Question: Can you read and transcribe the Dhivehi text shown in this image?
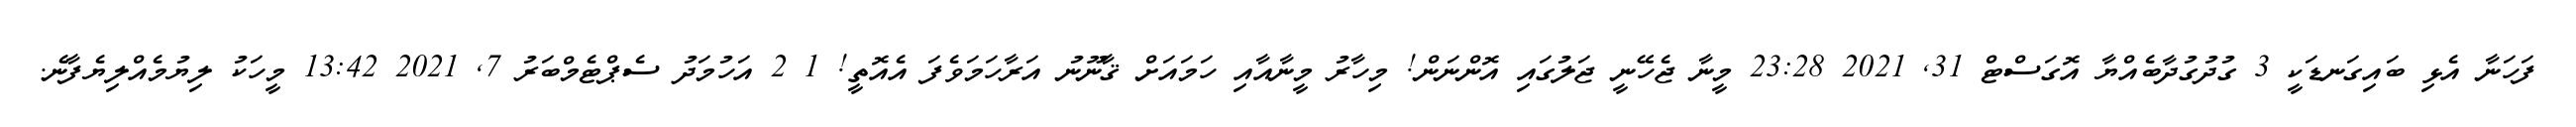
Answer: ފަހަނާ އެޅި ބައިގަނޑަކީ 3 ގުދުގުދާބެއްޔާ އޮގަސްޓް 31, 2021 23:28 މީނާ ޖެހޭނީ ޖަލުގައި އޮންނަން! މިހާރު މީނާއާއި ހަމައަށް ޤާނޫނު އަރާހަމަވެފަ އެއޮތީ! 1 2 އަހުމަދު ސެޕްޓެމްބަރު 7, 2021 13:42 މީހަކު ލިޔުމެއްލިޔެފާނެ.